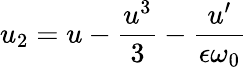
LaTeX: u_{2}=u-\frac{u^{3}}{3}-\frac{u^{\prime}}{\epsilon\omega_{0}}